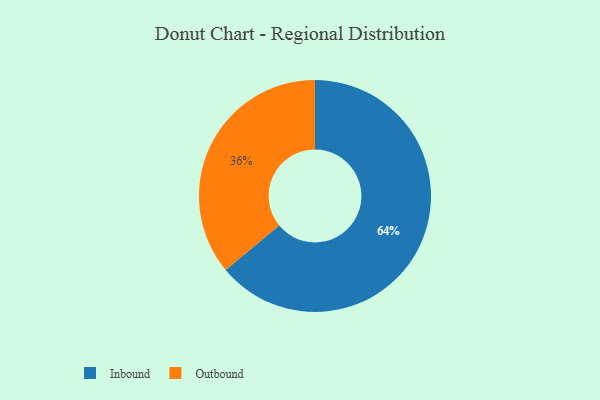
{"axis": {"x": "Category", "y": "Percentage"}, "legend": ["Inbound", "Outbound"], "data": [{"x": "Outbound", "y": 36, "type": "Outbound"}, {"x": "Inbound", "y": 64, "type": "Inbound"}]}